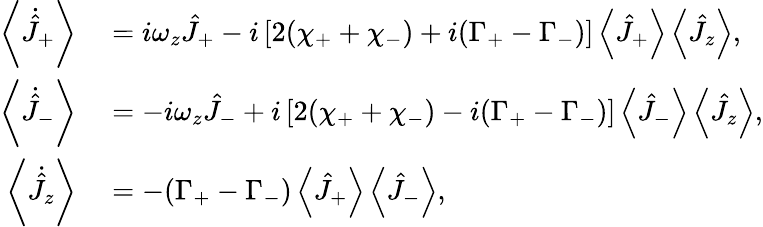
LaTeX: \begin{array}{rl}{\left\langle\dot{\hat{J}}_{+}\right\rangle}&{{}=i\omega_{z}\hat{J}_{+}-i\left[2(\chi_{+}+\chi_{-})+i(\Gamma_{+}-\Gamma_{-})\right]\left\langle\hat{J}_{+}\right\rangle\left\langle\hat{J}_{z}\right\rangle,}\\ {\left\langle\dot{\hat{J}}_{-}\right\rangle}&{{}=-i\omega_{z}\hat{J}_{-}+i\left[2(\chi_{+}+\chi_{-})-i(\Gamma_{+}-\Gamma_{-})\right]\left\langle\hat{J}_{-}\right\rangle\left\langle\hat{J}_{z}\right\rangle,}\\ {\left\langle\dot{\hat{J}}_{z}\right\rangle}&{{}=-(\Gamma_{+}-\Gamma_{-})\left\langle\hat{J}_{+}\right\rangle\left\langle\hat{J}_{-}\right\rangle,}\end{array}